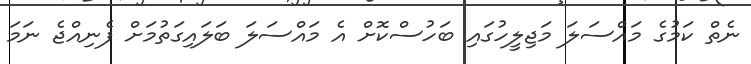
ނެތް ކަމުގެ މައްސަލަ މަޖިލީހުގައި ބަހުސްކޮށް އެ މައްސަލަ ބަލައިގަތުމަށް ފެނިއްޖެ ނަމަ